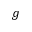
g